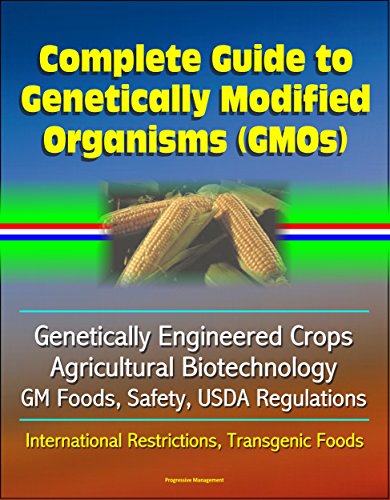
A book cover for Complete Guide to Genetically Modified Organisms (GMOs), Genetically Engineered Crops, Agricultural Biotechnology, GM Foods, Safety, USDA Regulations, International Restrictions, Transgenic Foods; U.S. Government; Health, Fitness & Dieting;